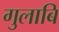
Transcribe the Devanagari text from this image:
गुलाबि